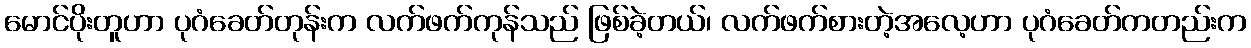
မောင်ပိုးတူဟာ ပုဂံခေတ်တုန်းက လက်ဖက်ကုန်သည် ဖြစ်ခဲ့တယ်၊ လက်ဖက်စားတဲ့အလေ့ဟာ ပုဂံခေတ်ကတည်းက